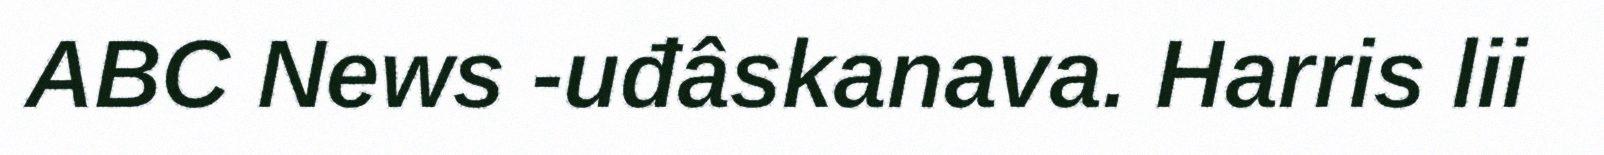
ABC News -uđâskanava. Harris lii